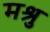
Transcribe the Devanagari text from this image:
मश्रु